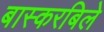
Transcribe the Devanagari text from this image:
बास्करबिले